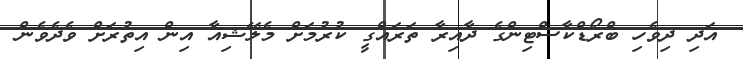
އަދި ދިވެހި ބްރޯޑްކާސްޓިންގެ ދާއިރާ ތަރައްގީ ކުރުމަށް މެލޭޝިއާ އިން އިތުރަށް ވެދެވެން